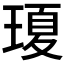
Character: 𤧶